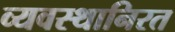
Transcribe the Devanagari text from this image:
व्यवस्थानिरत